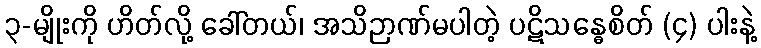
၃-မျိုးကို ဟိတ်လို့ ခေါ်တယ်၊ အသိဉာဏ်မပါတဲ့ ပဋိသန္ဓေစိတ် (၄) ပါးနဲ့